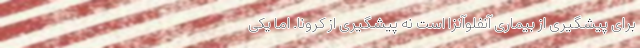
برای پیشگیری از بیماری آنفلوآنزا است نه پیشگیری از کرونا. اما یکی